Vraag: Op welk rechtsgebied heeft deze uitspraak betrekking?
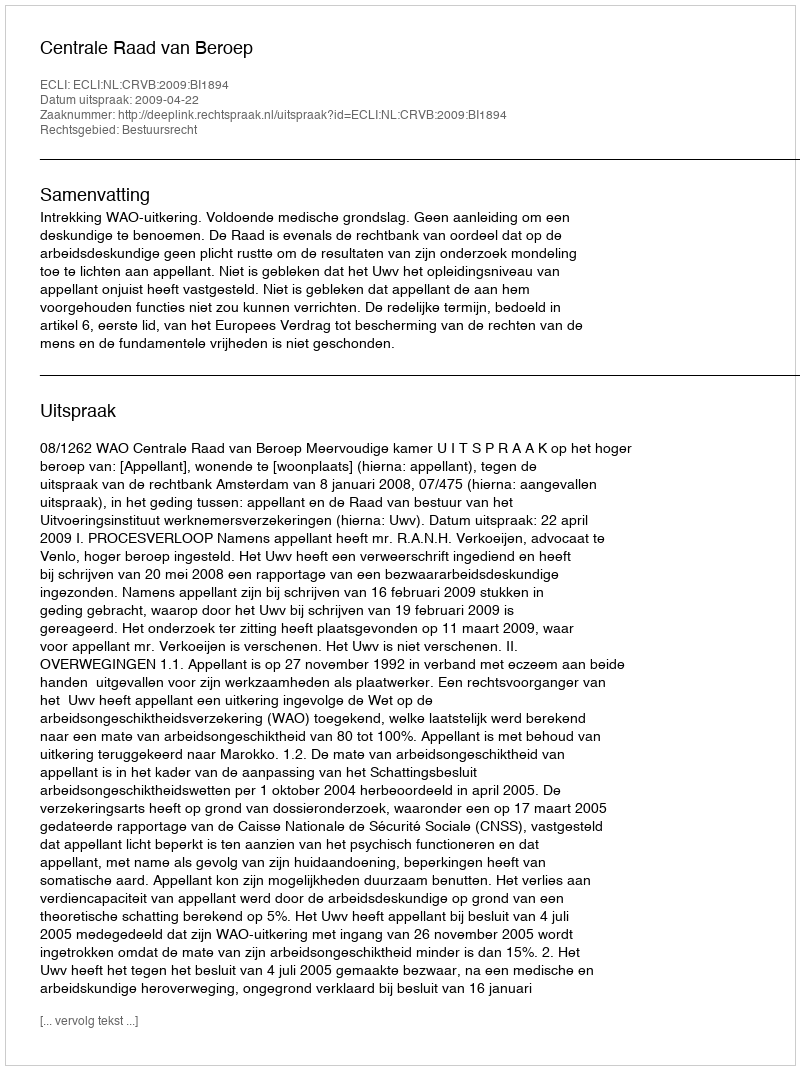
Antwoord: Bestuursrecht